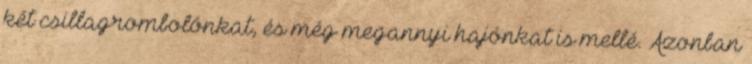
két csillagrombolónkat, és még megannyi hajónkat is mellé. Azonban